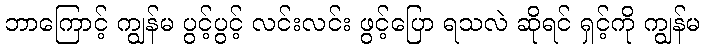
ဘာကြောင့် ကျွန်မ ပွင့်ပွင့် လင်းလင်း ဖွင့်ပြော ရသလဲ ဆိုရင် ရှင့်ကို ကျွန်မ